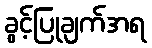
ခွင့်ပြုချက်အရ